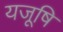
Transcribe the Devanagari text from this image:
यजूषि